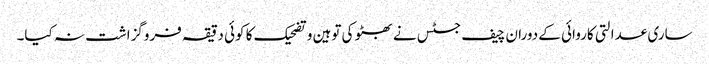
ساری عدالتی کاروائی کے دوران چیف جسٹس نے بھٹو کی توہین و تضحیک کا کوئی دقیقہ فروگزاشت نہ کیا۔